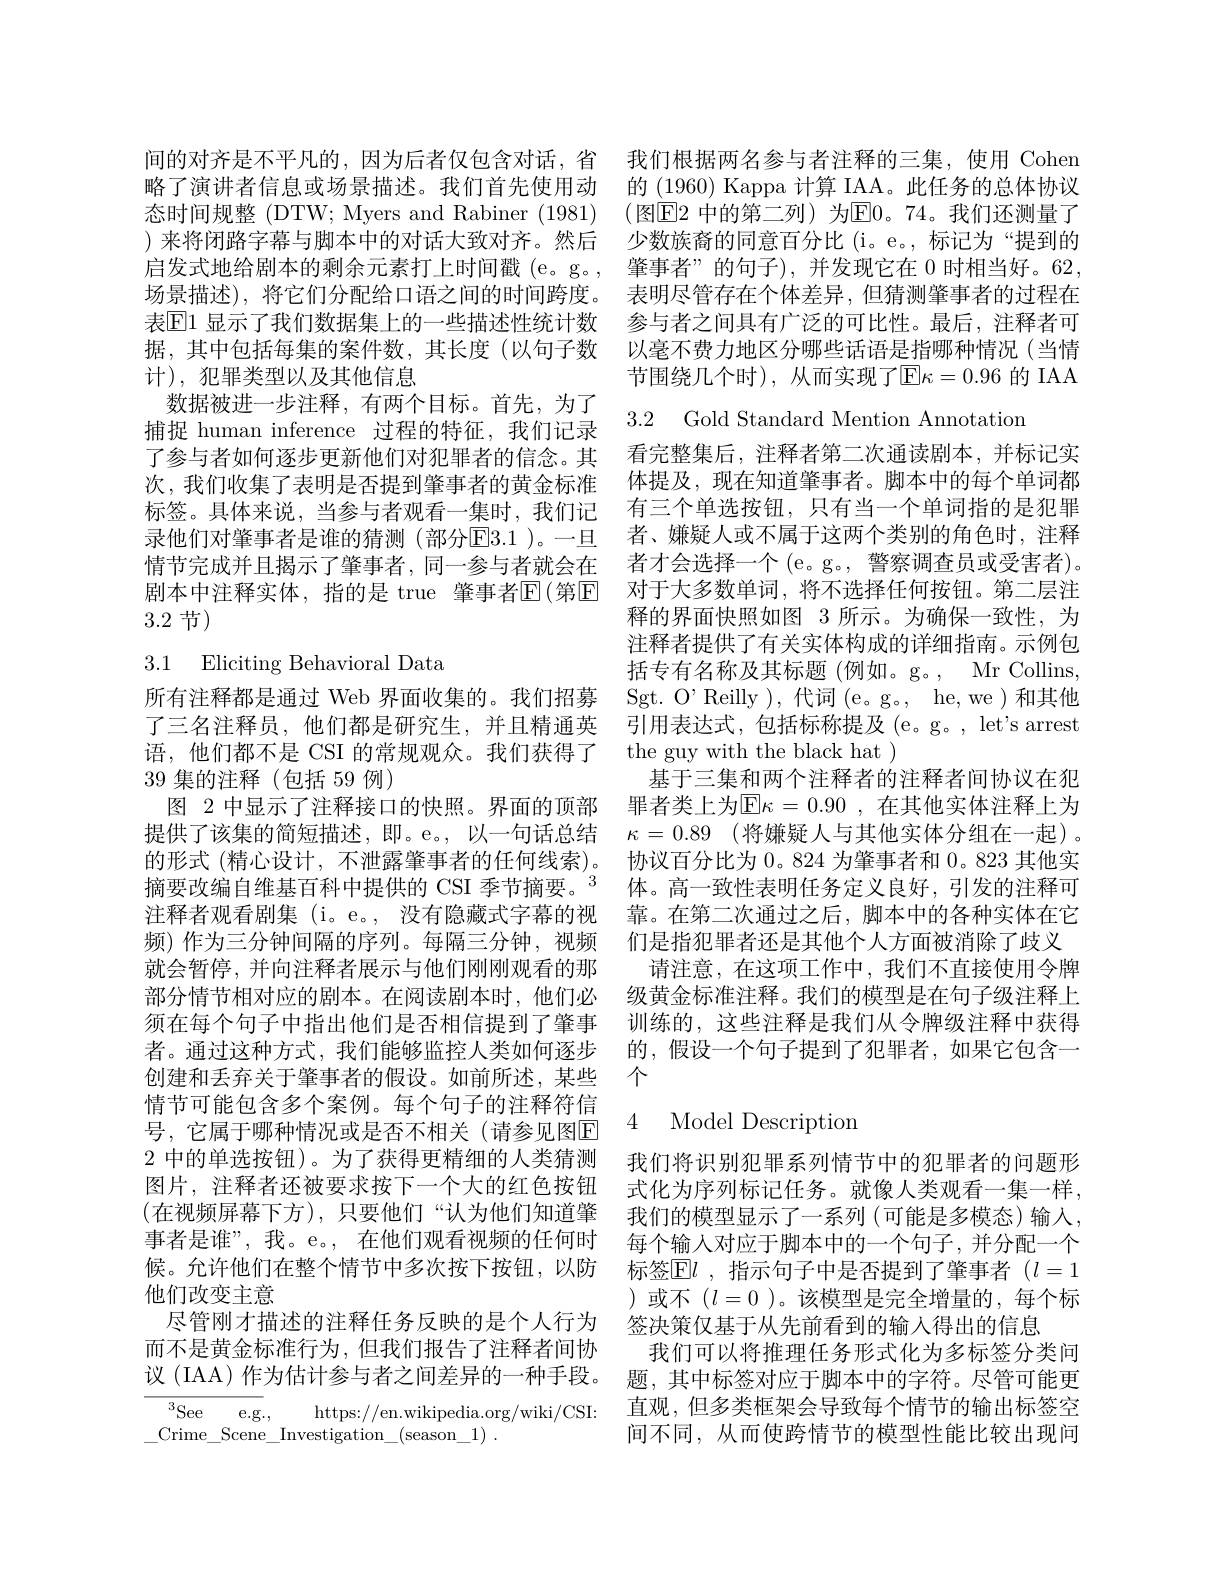
计),犯罪类型以及其他信息
数据被进一步注释，有两个目标。首先，为了捕捉 human inference 过程的特征，我们记录了参与者如何逐步更新他们对犯罪者的信念。其 看完整集后，注释者第二次通读剧本，并标记实次，我们收集了表明是否提到肇事者的黄金标准 体提及，现在知道肇事者。脚本中的每个单词都标签。具体来说，当参与者观看一集时，我们记 有三个单选按钮，只有当一个单词指的是犯罪录他们对肇事者是谁的猜测(部分$\overline{\text{E}}3.1$ )。一旦 者、嫌疑人或不属于这两个类别的角色时，注释情节完成并且揭示了肇事者，同一参与者就会在 者才会选择一个(e。g。, 警察调查员或受害者)。剧本中注释实体，指的是 true 肇事者$\mathbb{E}($第$\mathbb{E}$ 对于大多数单词，将不选择任何按钮。第二层注3.2节)

# 3.1 Eliciting Behavioral Data

39 集的注释(包括 59 例)
创建和丢弃关于肇事者的假设。如前所述，某些 个
情节可能包含多个案例。每个句子的注释符信号，它属于哪种情况或是否不相关(请参见图E 2中的单选按钮)。为了获得更精细的人类猜测 我们将识别犯罪系列情节中的犯罪者的问题形图片，注释者还被要求按下一个大的红色按钮 式化为序列标记任务。就像人类观看一集一样， (在视频屏幕下方),只要他们“认为他们知道肇 我们的模型显示了一系列(可能是多模态)输入， 事者是谁”,我。e。, 在他们观看视频的任何时 每个输入对应于脚本中的一个句子，并分配一个候。允许他们在整个情节中多次按下按钮，以防 标签$\operatorname{El}$ ,指示句子中是否提到了肇事者 $(l=1$ 他们改变主意
尽管刚才描述的注释任务反映的是个人行为 签决策仅基于从先前看到的输入得出的信息
而不是黄金标准行为，但我们报告了注释者间协 我们可以将推理任务形式化为多标签分类问议 (IAA) 作为估计参与者之间差异的一种手段。题，其中标签对应于脚本中的字符。尽管可能更$^{3}$See e.g. https://en.wikipedia.org/wiki/CSI: 直观，但多类框架会导致每个情节的输出标签空

$\underline{\mathrm{Crime\_Scene\_Investigation\_(season\_1)}}$

间的对齐是不平凡的，因为后者仅包含对话，省 我们根据两名参与者注释的三集，使用 Cohen 略了演讲者信息或场景描述。我们首先使用动 的 (1960) Kappa 计算 IAA。此任务的总体协议态时间规整 (DTW; Myers and Rabiner (1981) (图$\boxed{\mathrm{E}}2$ 中的第二列)为E0。74。我们还测量了)来将闭路字幕与脚本中的对话大致对齐。然后 少数族裔的同意百分比 (i。e。,标记为“提到的启发式地给剧本的剩余元素打上时间戳(e。g。, 肇事者”的句子),并发现它在 0 时相当好。62, 场景描述),将它们分配给口语之间的时间跨度。表明尽管存在个体差异，但猜测肇事者的过程在表El1 显示了我们数据集上的一些描述性统计数 参与者之间具有广泛的可比性。最后，注释者可据，其中包括每集的案件数，其长度(以句子数 以毫不费力地区分哪些话语是指哪种情况(当情
节围绕几个时),从而实现了E$\kappa = 0. 96$ 的 IAA

3.2 Gold Standard Mention Annotation

释的界面快照如图 3 所示。为确保一致性，为注释者提供了有关实体构成的详细指南。示例包括专有名称及其标题(例如。g。, Mr Collins,
所有注释都是通过 Web 界面收集的。我们招募 Sgt. O’Reilly ), 代词(e。g., he,we)和其他了三名注释员，他们都是研究生，并且精通英 引用表达式，包括标称提及(e。g。, let's arrest 语，他们都不是 CSI 的常规观众。我们获得了 the guy with the black hat )
基于三集和两个注释者的注释者间协议在犯
图 2 中显示了注释接口的快照。界面的顶部 罪者类上为$\operatorname{E}\kappa=0.90$ ,在其他实体注释上为提供了该集的简短描述，即。e。,以一句话总结 $\kappa = 0. 89$ (将嫌疑人与其他实体分组在一起)。的形式 (精心设计，不泄露肇事者的任何线索)。协议百分比为0。824 为肇事者和0。823 其他实摘要改编自维基百科中提供的 CSI 季节摘要。$^{3}$体。高一致性表明任务定义良好，引发的注释可注释者观看剧集 (i。e。, 没有隐藏式字幕的视 靠。在第二次通过之后，脚本中的各种实体在它频)作为三分钟间隔的序列。每隔三分钟，视频 们是指犯罪者还是其他个人方面被消除了歧义就会暂停，并向注释者展示与他们刚刚观看的那 请注意，在这项工作中，我们不直接使用令牌部分情节相对应的剧本。在阅读剧本时，他们必 级黄金标准注释。我们的模型是在句子级注释上须在每个句子中指出他们是否相信提到了肇事 训练的，这些注释是我们从令牌级注释中获得者。通过这种方式，我们能够监控人类如何逐步 的，假设一个句子提到了犯罪者，如果它包含一

## 4 Model Description

)或不($l=0$)。该模型是完全增量的，每个标间不同，从而使跨情节的模型性能比较出现问